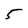
Character: 5